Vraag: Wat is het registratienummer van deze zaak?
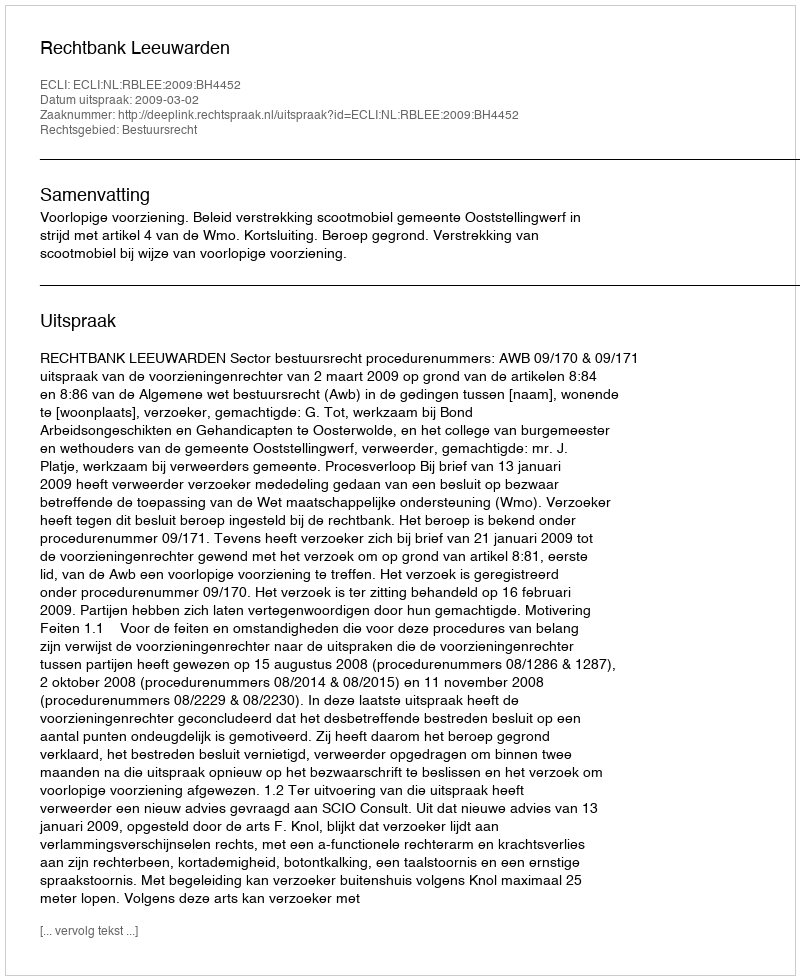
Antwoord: http://deeplink.rechtspraak.nl/uitspraak?id=ECLI:NL:RBLEE:2009:BH4452